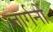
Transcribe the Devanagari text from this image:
जार्गनों